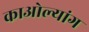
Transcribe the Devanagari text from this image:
काओल्यांग